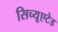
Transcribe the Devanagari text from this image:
सिच्यूएटेड